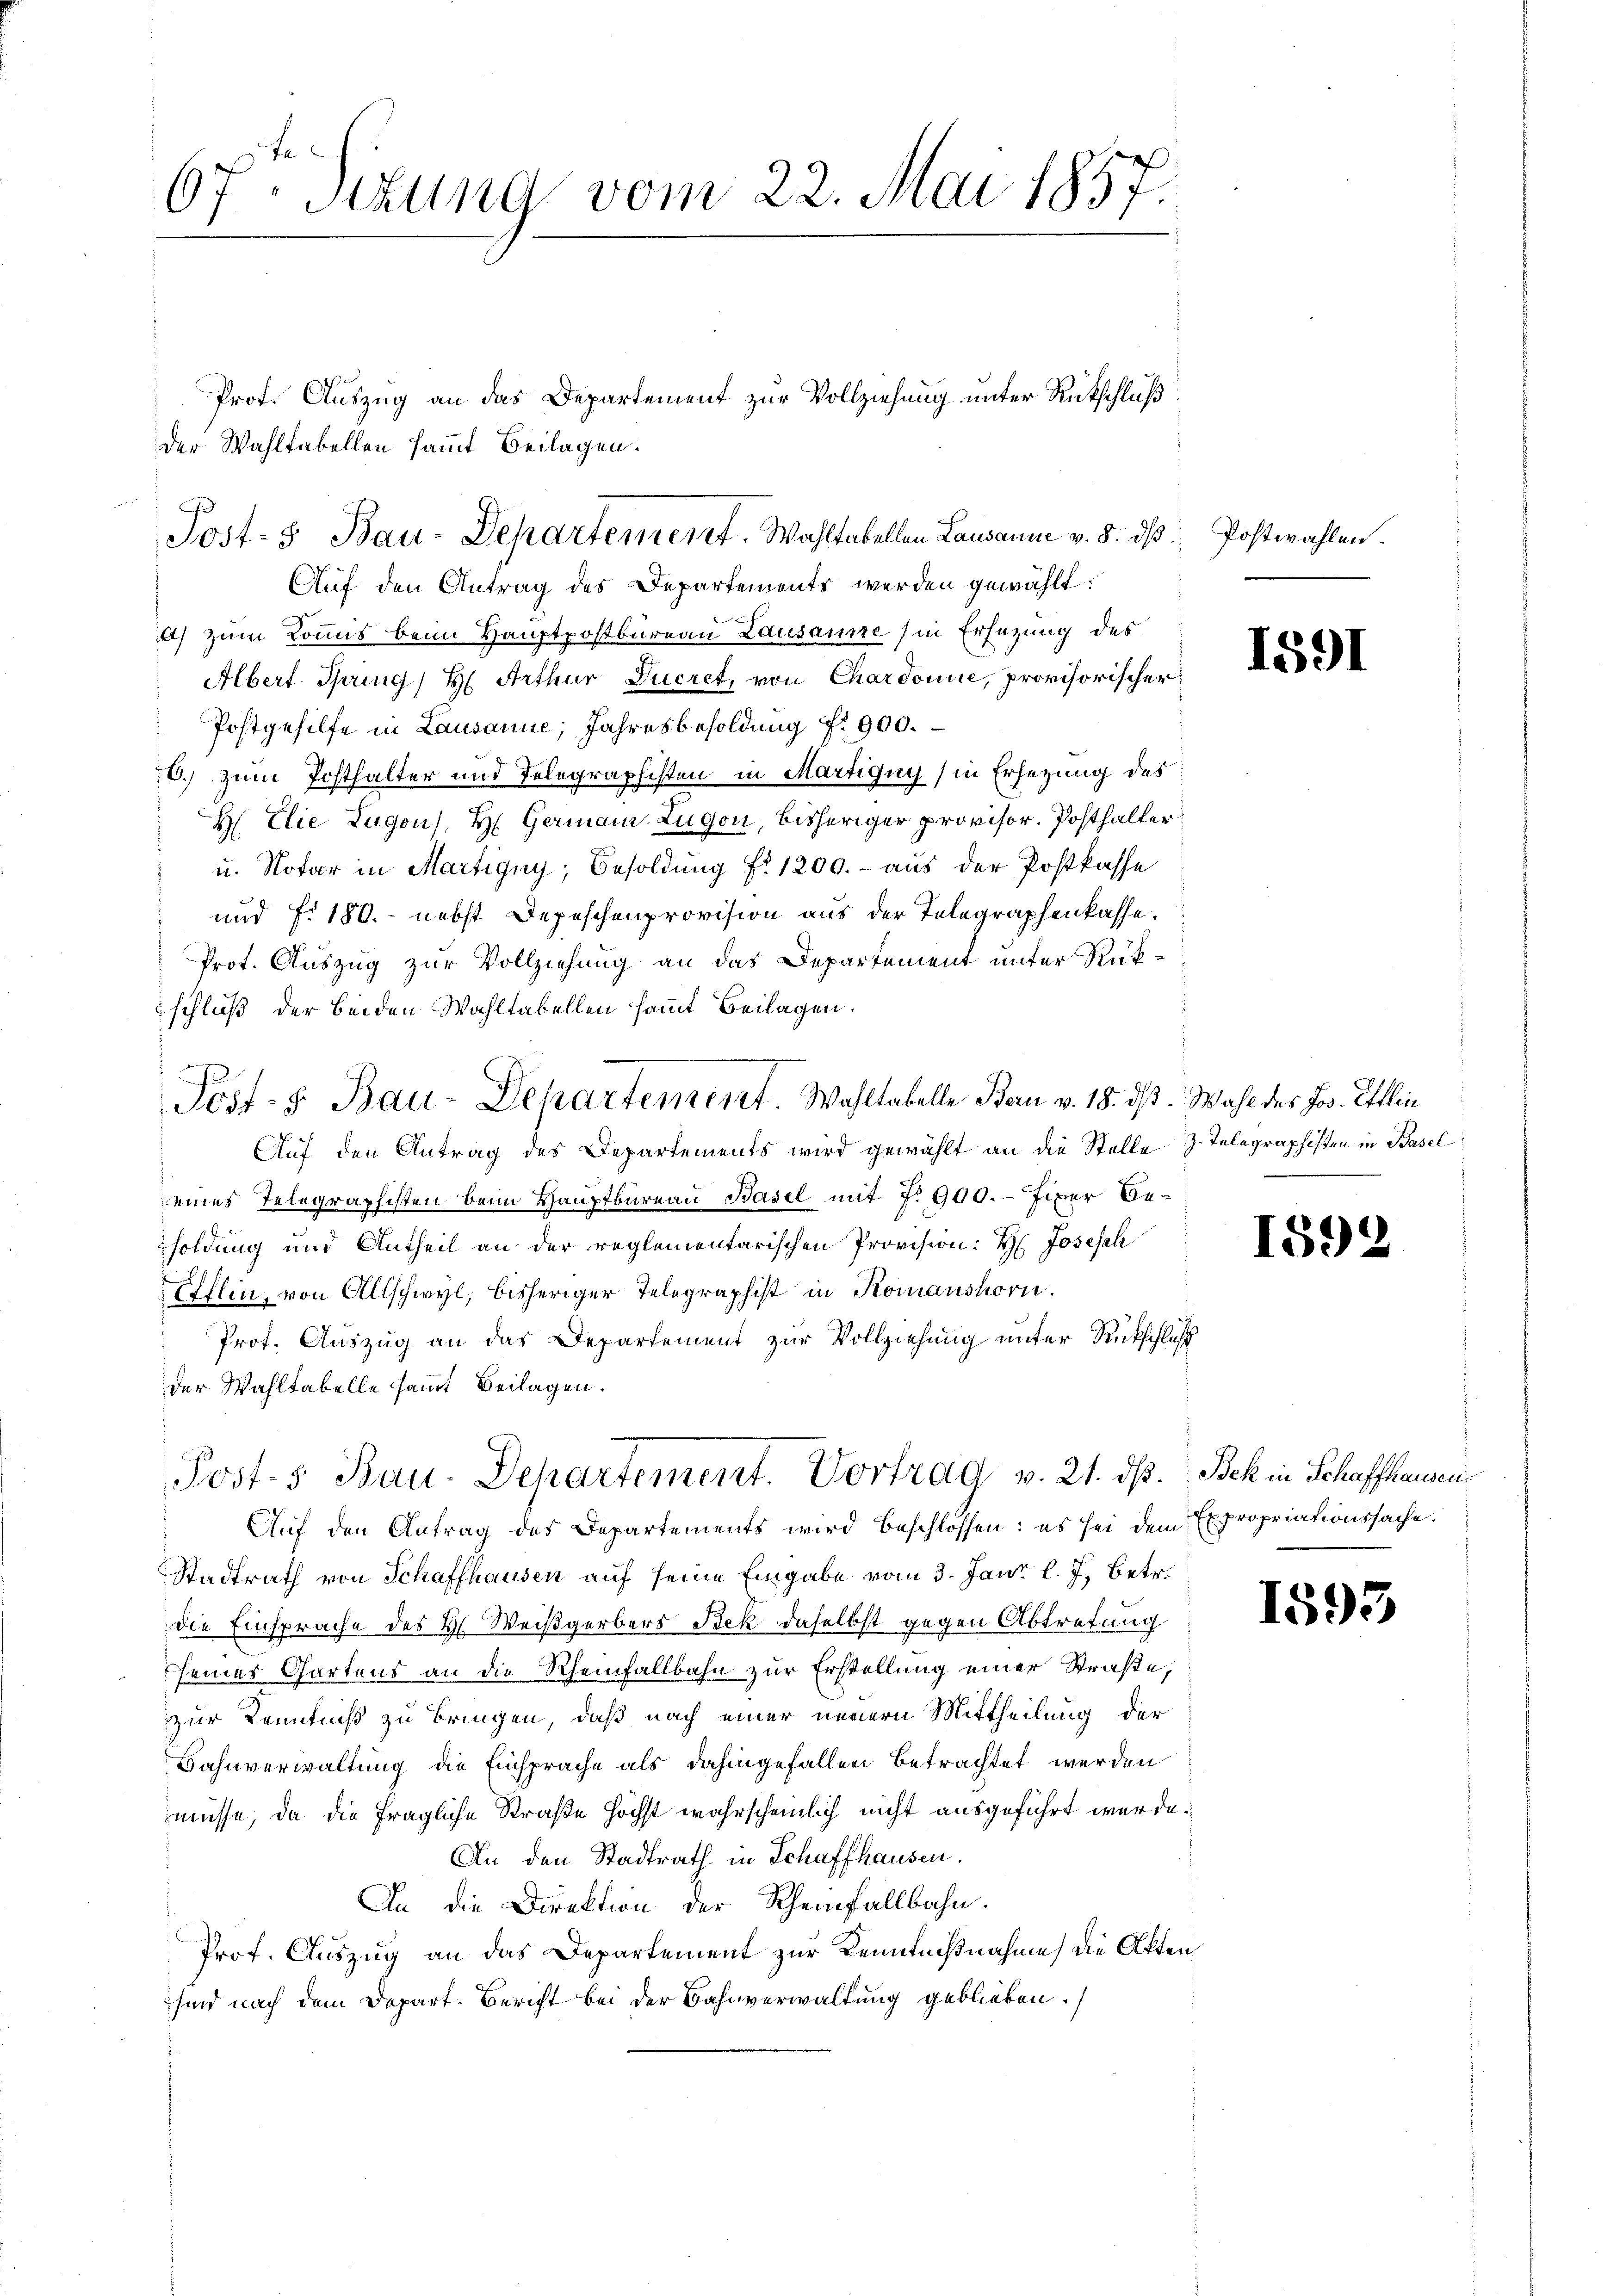
67t Sitzung vom 22. Mai 1857:

Prot. Auszug an das Departement zur Vollziehung unter Rückschluß
der Wahltabellen sammt Beilagen.

Auf den Antrag des Departements werden gewählt:
a) zum Kommis beim Hauptpostbureau Lausanne (in Ersezung des
Albert Spring, H. Arthur Jucret, von Chardonne, provisorischer
Postgehilfe in Lausanne, Jahresbesoldung f. 900.
6. zum Posthalter und Telegraphisten in Martigny (in Ersezung des
H Elie Zugon), H. Germann Zugen, bisheriger provisor. Posthalter
u. Notar in Martigny, Besoldung fr. 1200.- aus der Postkasse
und fo 180. - nebst Depeschenprovision aus der Telegraphenkasse.
Prot. Auszug zur Vollziehung an das Departement unter Rükschluß der beiden Wahltabellen sammt Beilagen.
e
Post- & Bau-Departement. Wohltabelle Bau v. 18. ds. Wahl des Jos. Ettlin
Auf den Antrag des Departements wird gewählt an die Stelle z. Telegraphisten in Basel
eines Telegraphisten beim Hauptbureau Basel mit No 900.- fixer Besoldung und Antheil an der reglementarischen Provision: H. Joseph
Efflin von Allschwyl, bisheriger Telegraphist in Komanshorn.
Prof. Auszug an das Departement zur Vollziehung unter Rückschluß
der Wahltabelle sammt Beilagen.

Post- & Bau-Departement. Wahltabellen Lausanne v. 8. dβ Postwahlen.

Post.s Bau-Departement. Vortrag v. 21. dß. Beh in Schaffhausen,
Auf den Antrag des Departements wird beschlossen: es sei dem Expropriationssache:

Stadtrath von Schaffhausen auf seine Eingabe vom 3. Jani l. J. betr.
die Einsprache des H. Weißgerbers Bek daselbst gegen Abtretung
seines Gartens an die Rheinfallbahn zur Erstellung einer Straße,
zur Kenntniß zu bringen, daß nach einer neuern Mittheilung der
Bahnverwaltung die Einsprache als dahingefallen betrachtet werden
müsse, da die fragliche Straße höchst wahrscheinlich nicht ausgeführt werde.
An den Stadtrath in Schaffhausen.
An die Direktion der Rheinfallbahn.
Prof. Auszug an das Departement zur Kenntnißnahme die Akten
sind nach dem Depart. Bericht bei der Bahnverwaltung geblieben.

1591

1592

15.)